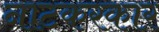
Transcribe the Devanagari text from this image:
नाटकरकार